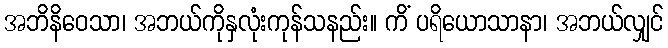
အဘိနိဝေသာ၊ အဘယ်ကိုနှလုံးကုန်သနည်း။ ကိံ ပရိယောသာနာ၊ အဘယ်လျှင်